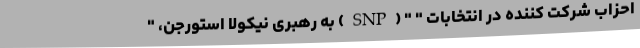
احزاب شرکت کننده در انتخابات " " (SNP) به رهبری نیکولا استورجن، "